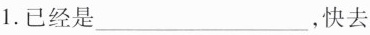
1.已经是___，快去